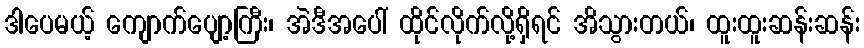
ဒါပေမယ့် ကျောက်ပျော့ကြီး၊ အဲဒီအပေါ် ထိုင်လိုက်လို့ရှိရင် အိသွားတယ်၊ ထူးထူးဆန်းဆန်း